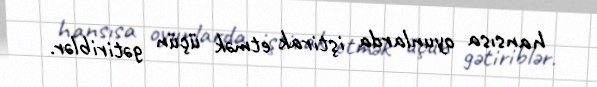
hansısa oyunlarda iştirak etmək üçün gətiriblər.